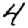
Digit: 4